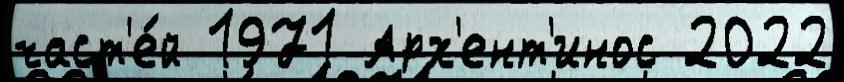
част'е́й 1971 Арх'ент'инос 2022